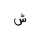
Letter: _shin